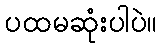
ပထမဆုံးပါပဲ။